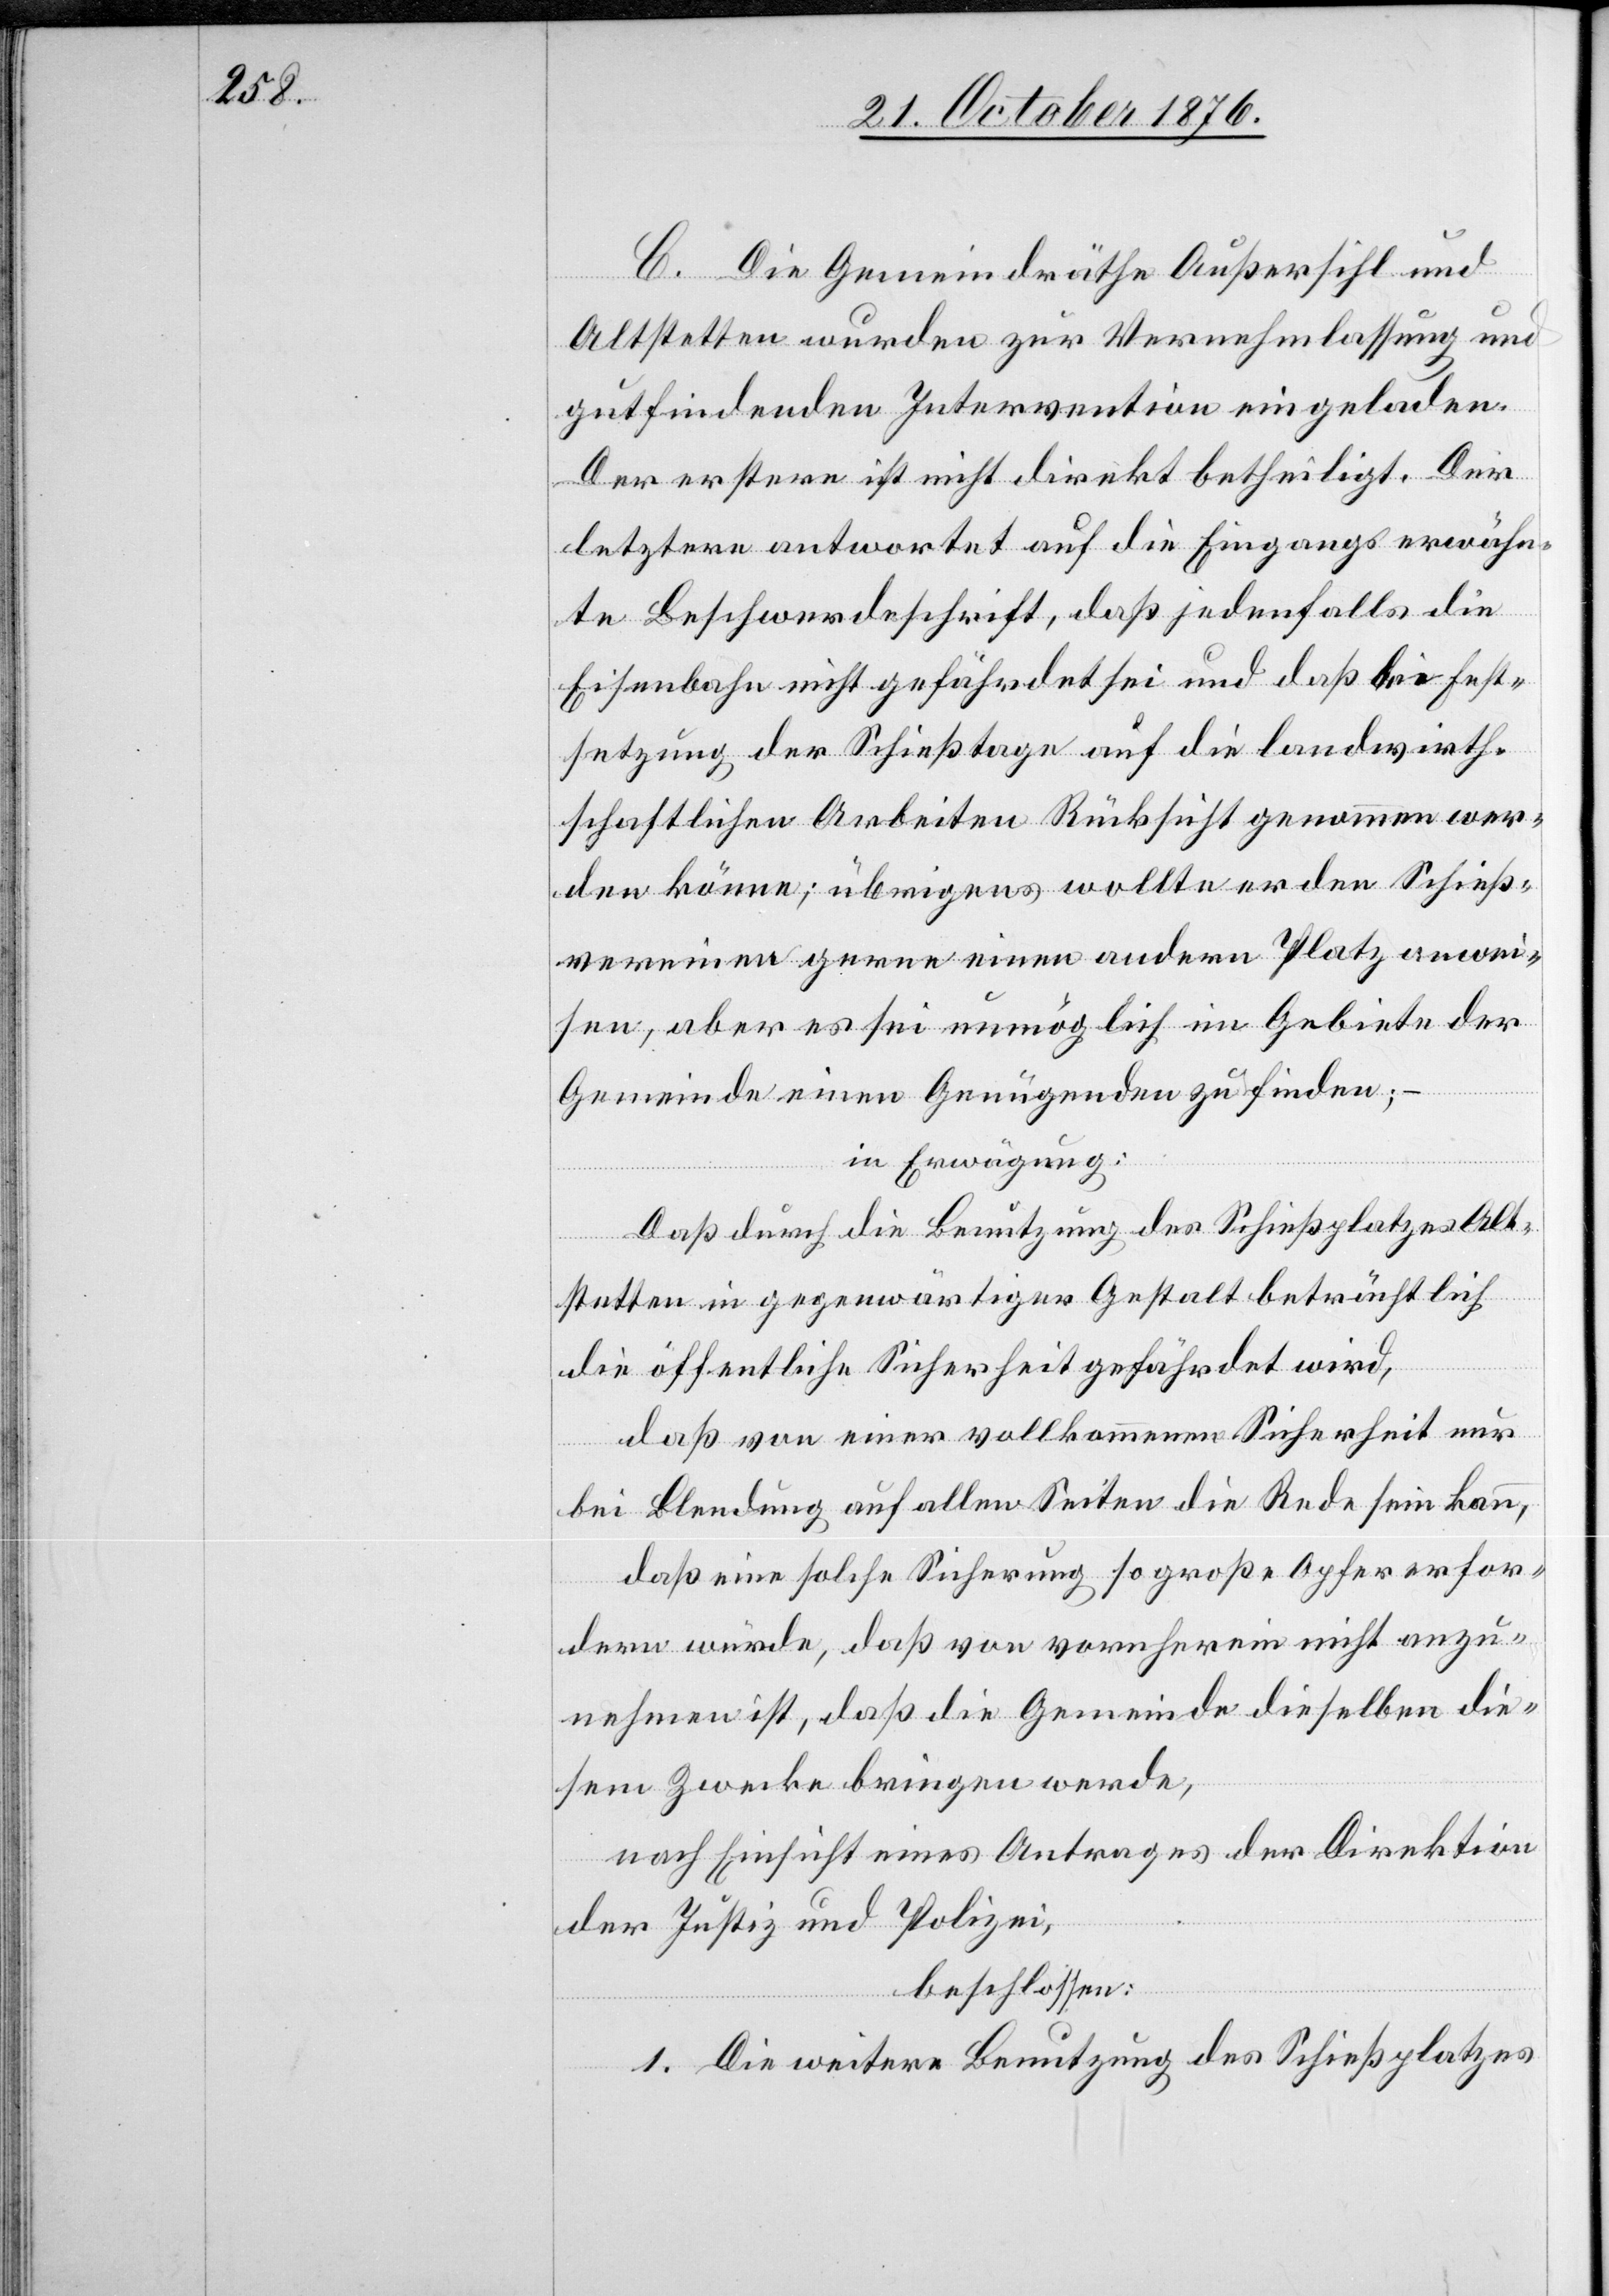
C. Die Gemeindräthe Außersihl und
Altstetten wurden zur Vernehmlassung und
gutfindenden Intervention eingeladen.
Der erstere ist nicht direkt betheiligt. Der
letztere antwortet auf die Eingangs erwähn¬
te Beschwerdeschrift, daß jedenfalls die
Eisenbahn nicht gefährdet sei und daß bei Fest¬
setzung der Schießtage auf die landwirth¬
schaftlichen Arbeiten Rücksicht genommen wer¬
den könne; übrigens wollte er den Schieß¬
vereinen gerne einen andern Platz anwei¬
sen, aber es sei unmöglich im Gebiete der
Gemeinde einen Genügenden zu finden; –
in Erwägung:
Daß durch die Benutzung des Schießplatzes Alt¬
stetten in gegenwärtiger Gestalt beträchtlich
die öffentliche Sicherheit gefährdet wird,
daß von einer vollkommenen Sicherheit nur
bei Blendung auf allen Seiten die Rede sein kann,
daß eine solche Sicherung so große Opfer erfor¬
dern würde, daß von vornherein nicht anzu¬
nehmen ist, daß die Gemeinde dieselben die¬
sem Zwecke bringen werde,
nach Einsicht eines Antrages der Direktion
der Justiz und Polizei,
beschlossen:
1. Die weitere Benutzung des Schießplatzes